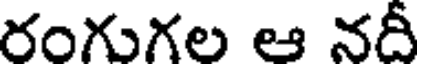
రంగుగల ఆ నదీ